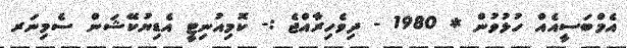
އެމްބަސީއެއް ހުޅުވުން * 1980 - ދިވެހިރާއްޖެ :- ކޮމިއުނިޓީ އެޑިޔުކޭޝަން ސެމިނަރ